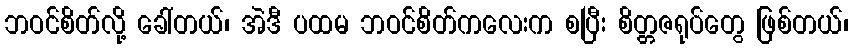
ဘဝင်စိတ်လို့ ခေါ်တယ်၊ အဲဒီ ပထမ ဘဝင်စိတ်ကလေးက စပြီး စိတ္တဇရုပ်တွေ ဖြစ်တယ်၊